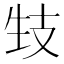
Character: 𤯙